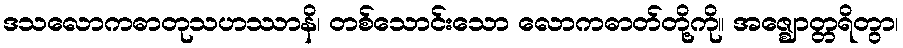
ဒသလောကဓာတုသဟဿာနိ၊ တစ်သောင်းသော လောကဓာတ်တို့ကို။ အဇ္ဈောတ္တရိတွာ၊